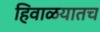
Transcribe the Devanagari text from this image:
हिवाळयातच